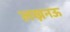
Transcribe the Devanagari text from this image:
लख्ननऊ